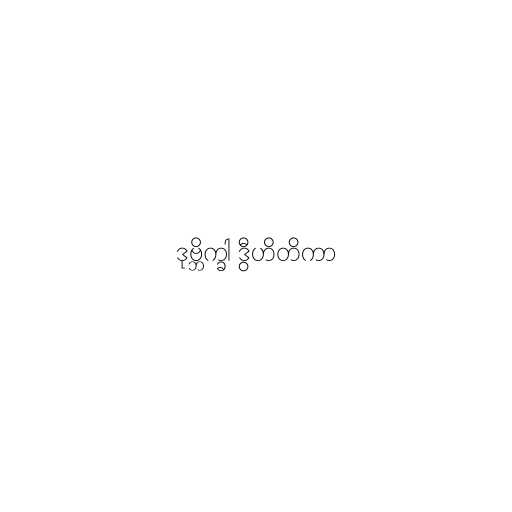
ဒုဗ္ဘိက္ခါ ဒွီဟိတိကာ